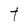
Character: t